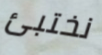
نختبئ